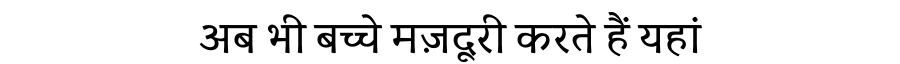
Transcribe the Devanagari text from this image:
अब भी बच्चे मज़दूरी करते हैं यहां